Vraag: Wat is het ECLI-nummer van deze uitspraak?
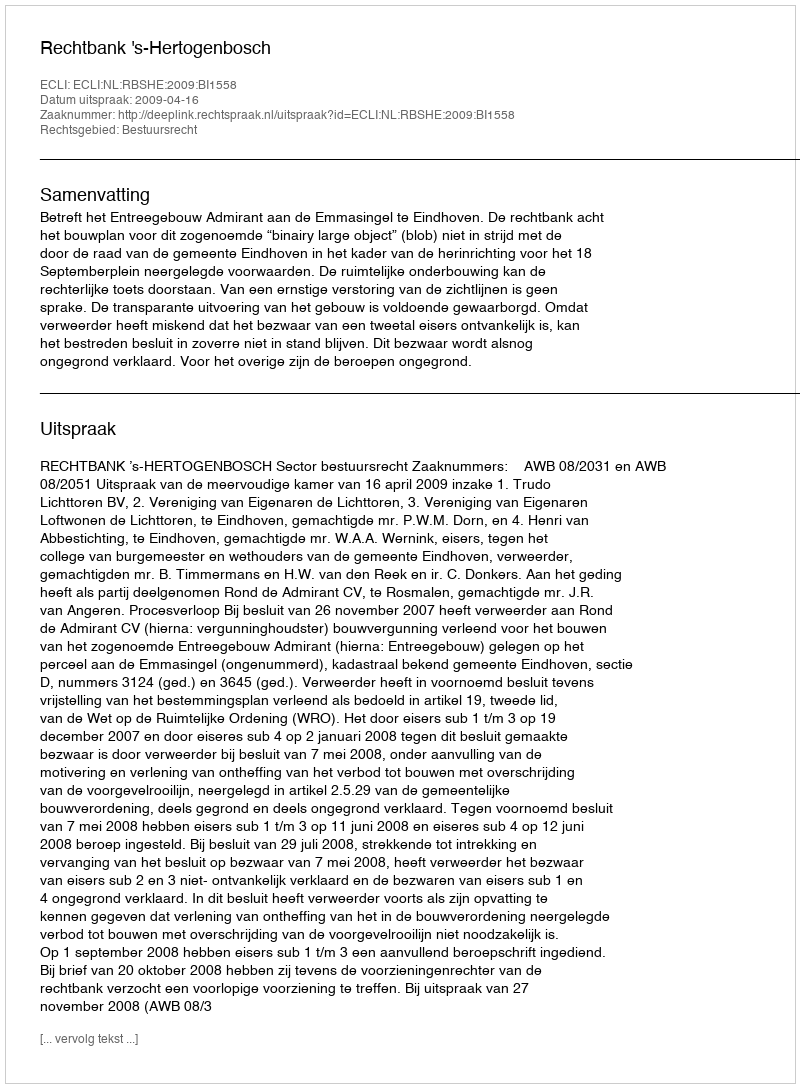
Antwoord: ECLI:NL:RBSHE:2009:BI1558